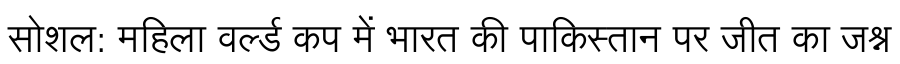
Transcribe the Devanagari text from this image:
सोशल: महिला वर्ल्ड कप में भारत की पाकिस्तान पर जीत का जश्न